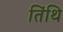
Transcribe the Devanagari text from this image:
तिंथि